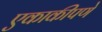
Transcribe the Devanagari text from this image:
एकाकीपणे